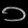
Digit: ၁